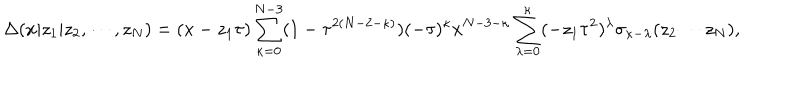
LaTeX: \Delta ( x | z _ { 1 } | z _ { 2 } , \cdots , z _ { N } ) = ( x - z _ { 1 } \tau ) \sum _ { \kappa = 0 } ^ { N - 3 } ( 1 - \tau ^ { 2 ( N - 2 - \kappa ) } ) ( - \tau ) ^ { \kappa } x ^ { N - 3 - \kappa } \sum _ { \lambda = 0 } ^ { \kappa } ( - z _ { 1 } \tau ^ { 2 } ) ^ { \lambda } \sigma _ { \kappa - \lambda } ( z _ { 2 } \cdots z _ { N } ) ,